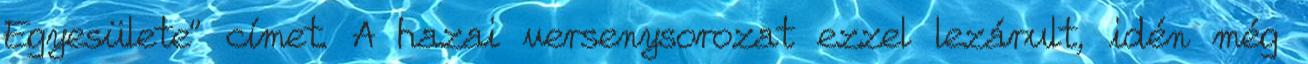
Egyesülete” címet. A hazai versenysorozat ezzel lezárult, idén még